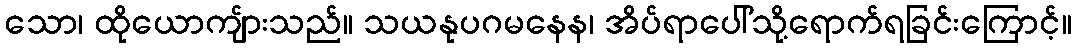
သော၊ ထိုယောကျ်ားသည်။ သယနုပဂမနေန၊ အိပ်ရာပေါ်သို့ရောက်ရခြင်းကြောင့်။